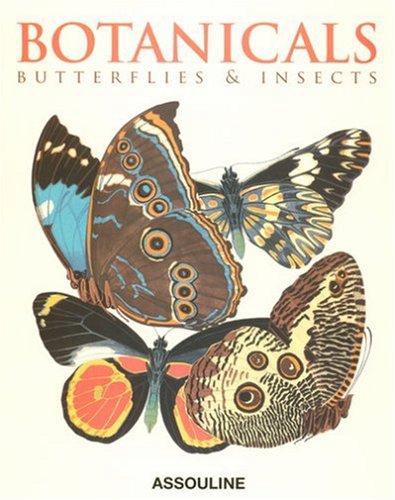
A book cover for Botanicals: Butterflies & Insects; Leslie K. Overstreet; Arts & Photography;